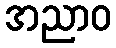
အညာဝ